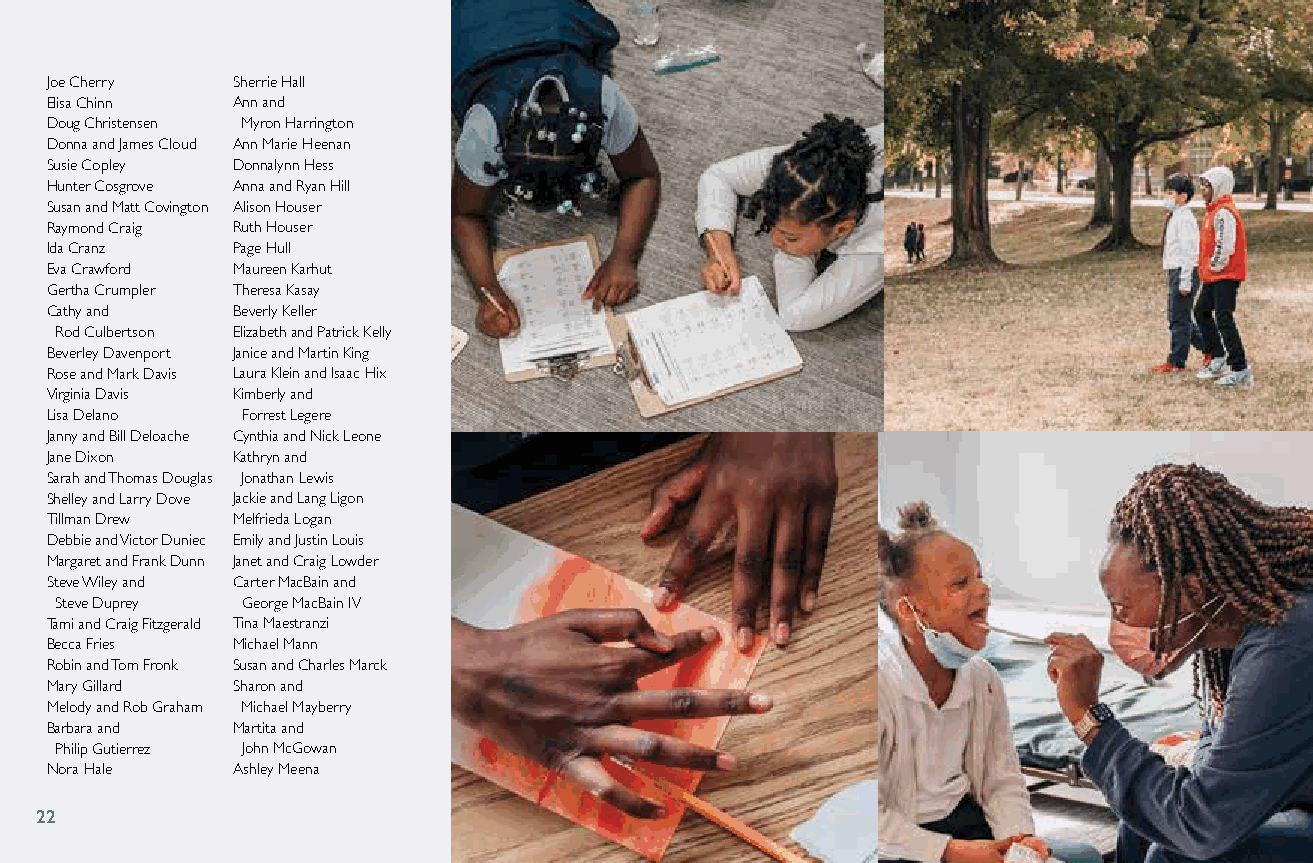
Joe Cherry  Sherrie Hall
 Elisa Chinn Ann and
 Doug Christensen Myron Harrington
 Donna and James Cloud Ann Marie Heenan
 Susie Copley Donnalynn Hess
 Hunter Cosgrove Anna and Ryan Hill
 Susan and Matt Covington Alison Houser
 Raymond Craig Ruth Houser
 Ida Cranz   Page Hull
 Eva Crawford Maureen Karhut
 Gertha Crumpler Theresa Kasay
 Cathy and   Beverly Keller
 Rod Culbertson Elizabeth and Patrick Kelly
 Beverley Davenport Janice and Martin King
 Rose and Mark Davis Laura Klein and Isaac Hix
 Virginia Davis Kimberly and
 Lisa Delano  Forrest Legere
 Janny and Bill Deloache Cynthia and Nick Leone
 Jane Dixon  Kathryn and
 Sarah and Thomas Douglas Jonathan Lewis
 Shelley and Larry Dove Jackie and Lang Ligon
 Tillman Drew Melfrieda Logan
 Debbie and Victor Duniec Emily and Justin Louis
 Margaret and Frank Dunn Janet and Craig Lowder
 Steve Wiley and Carter MacBain and
 Steve Duprey George MacBain IV
 Tami and Craig Fitzgerald Tina Maestranzi
 Becca Fries Michael Mann
 Robin and Tom Fronk Susan and Charles Marck
 Mary Gillard Sharon and
 Melody and Rob Graham Michael Mayberry
 Barbara and Martita and
 Philip Gutierrez John McGowan
 Nora Hale   Ashley Meena
 2222